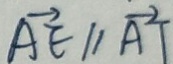
\overrightarrow { A E } / / \overrightarrow { A T }